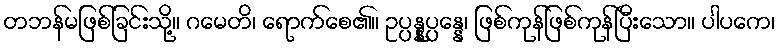
တဘန်မဖြစ်ခြင်းသို့။ ဂမေတိ၊ ရောက်စေ၏။ ဥပ္ပန္နုပ္ပန္နေ၊ ဖြစ်ကုန်ဖြစ်ကုန်ပြီးသော။ ပါပကေ၊